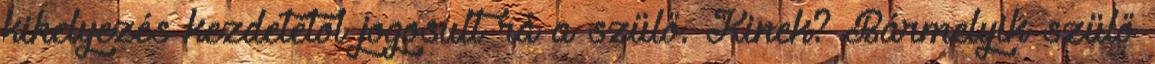
kihelyezés kezdetétől jogosult rá a szülő. Kinek? Bármelyik szülő